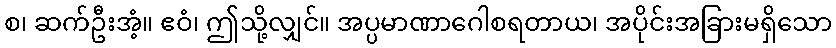
စ၊ ဆက်ဦးအံ့။ ဧဝံ၊ ဤသို့လျှင်။ အပ္ပမာဏာဂေါစရတာယ၊ အပိုင်းအခြားမရှိသော